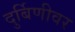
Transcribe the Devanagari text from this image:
दुर्बिणीवर